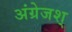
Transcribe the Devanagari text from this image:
अंग्रेजश्